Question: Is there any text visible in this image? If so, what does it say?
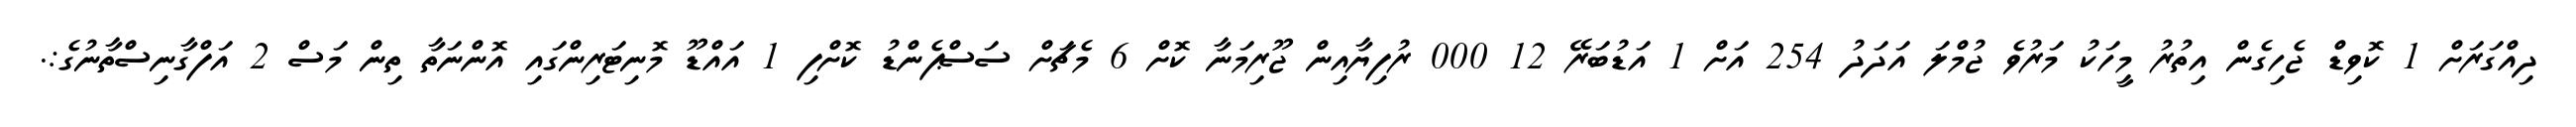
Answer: ދިއްގަރަށް 1 ކޮވިޑް ޖެހިގެން އިތުރު މީހަކު މަރުވެ ޖުމްލަ އަދަދު 254 އަށް 1 އަޑުބަރޭ 12 000 ރުފިޔާއިން ޖޫރިމަނާ ކޮށް 6 މެޗަށް ސަސްޕެންޑު ކޮށްފި 1 އައްޑޫ މޮނިޓަރިންގައި އޮންނަތާ ތިން މަސް 2 އަފްގާނިސްތާނުގެ:.